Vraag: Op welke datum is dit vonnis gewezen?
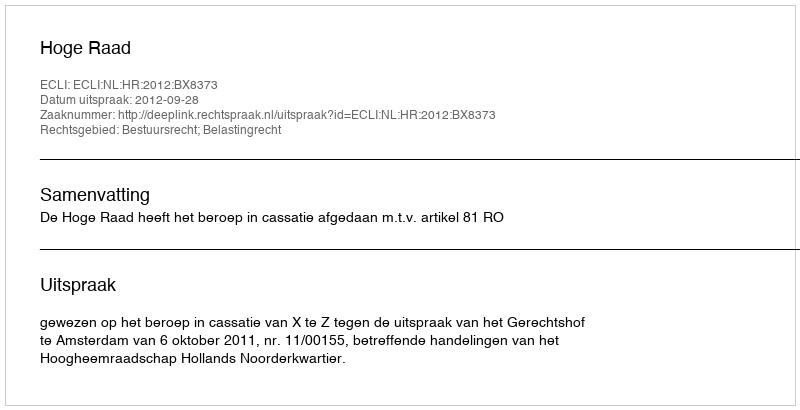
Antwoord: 2012-09-28